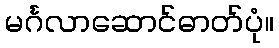
မင်္ဂလာဆောင်ဓာတ်ပုံ။